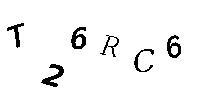
T26RC6